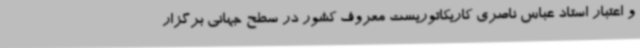
و اعتبار استاد عباس ناصری کاریکاتوریست معروف کشور در سطح جهانی برگزار